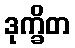
ဒုက္ခိတ